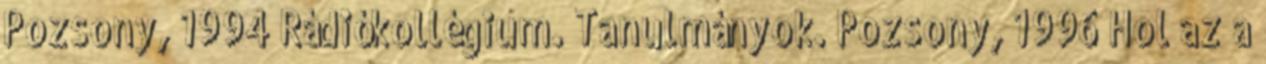
Pozsony, 1994 Rádiókollégium. Tanulmányok. Pozsony, 1996 Hol az a